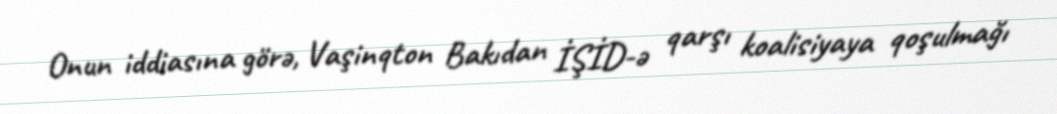
Onun iddiasına görə, Vaşinqton Bakıdan İŞİD-ə qarşı koalisiyaya qoşulmağı